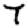
Digit: 7